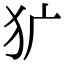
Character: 犷